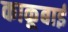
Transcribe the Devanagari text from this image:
काकूबाई